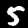
Digit: 5